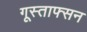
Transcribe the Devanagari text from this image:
गूस्ताफ्सन